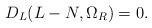
LaTeX: \begin{align*}D_{L}(L-N,\Omega_{R}) = 0.\end{align*}